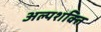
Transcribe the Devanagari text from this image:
अल्‍पशक्ति